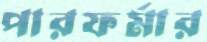
পারফর্মার